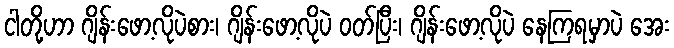
ငါတို့ဟာ ဂျိန်းဖော့လိုပဲစား၊ ဂျိန်းဖော့လိုပဲ ဝတ်ပြီး၊ ဂျိန်းဖော့လိုပဲ နေကြရမှာပဲ အေး